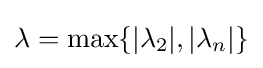
\lambda =\max\{|\lambda _{2}|,|\lambda _{n}|\}